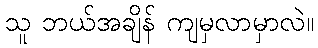
သူ ဘယ်အချိန် ကျမှလာမှာလဲ။